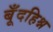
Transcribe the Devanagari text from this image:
बूँदहिश्न